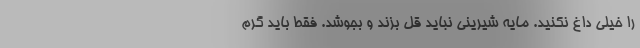
را خیلی داغ نکنید. مایه شیرینی نباید قل بزند و بجوشد. فقط باید گرم